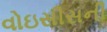
વોઇસીસની